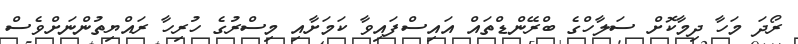
ރޯދަ މަހާ ދިމާކޮށް ސަލާހްގެ ބްރޭންޑްތައް އައިސްފައިވާ ކަމަށާއި މިސްރުގެ ހުރިހާ ރައްޔިތުންނަށްވެސް